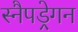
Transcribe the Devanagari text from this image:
स्नैपड्रेगन